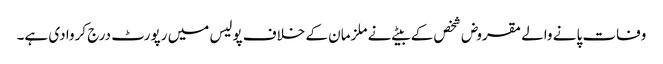
وفات پانے والے مقروض شخص کے بیٹے نے ملزمان کے خلاف پولیس میں رپورٹ درج کروا دی ہے۔